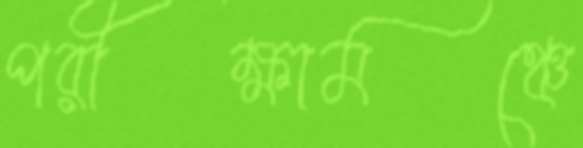
পরীক্ষামঞ্চে